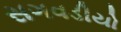
સગવડીયો